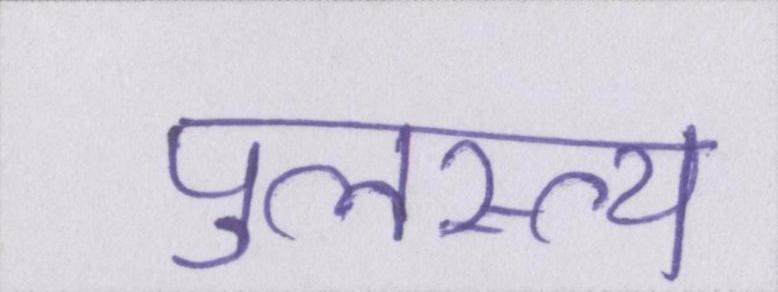
पुलस्त्य